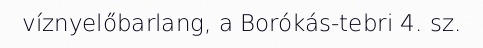
víznyelőbarlang, a Borókás-tebri 4. sz.